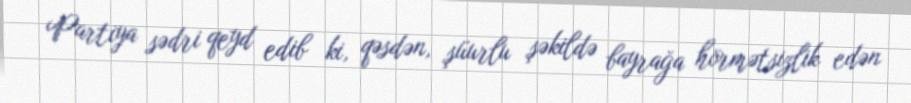
Partiya sədri qeyd edib ki, qəsdən, şüurlu şəkildə bayrağa hörmətsizlik edən